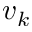
v _ { k }